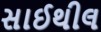
સાઈથીલ